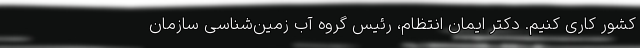
کشور کاری کنیم. دکتر ایمان انتظام، رئیس گروه آب زمین‌شناسی سازمان